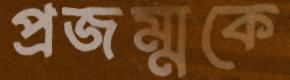
প্রজম্মকে